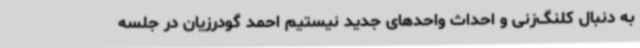
به دنبال کلنگ‌زنی و احداث واحدهای جدید نیستیم احمد گودرزیان در جلسه